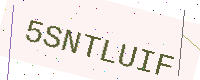
Text: 5SNTLUIF